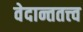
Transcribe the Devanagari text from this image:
वेदान्ततत्त्‍व